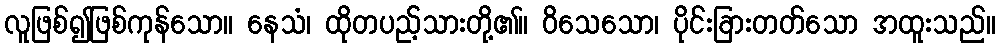
လူဖြစ်၍ဖြစ်ကုန်သော။ နေသံ၊ ထိုတပည့်သားတို့၏။ ဝိသေသော၊ ပိုင်းခြားတတ်သော အထူးသည်။